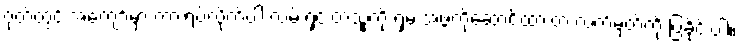
ဂုတ်တွင်းအကျော်မှာ ကားရပ်လိုက်ပါ လမ်းရှင်းတဲ့သုူကို ရှမ်းအဖွဲ့ကိုဆောင်ထားတဲ့ လက်မှတ်ကို ပြခိုင်းပါ။